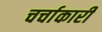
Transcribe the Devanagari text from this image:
चर्चाकारी